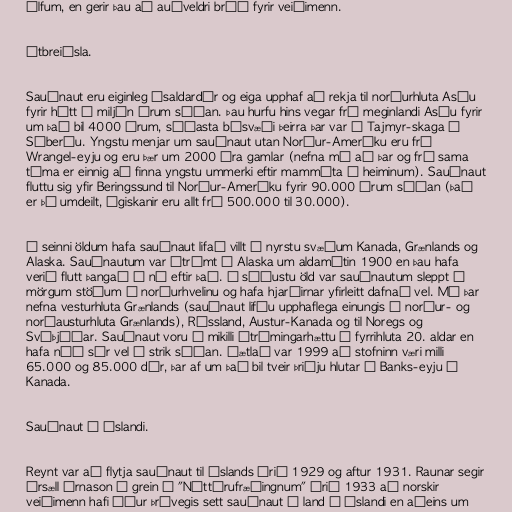
úlfum, en gerir þau að auðveldri bráð fyrir veiðimenn.

Útbreiðsla.

Sauðnaut eru eiginleg ísaldardýr og eiga upphaf að rekja til norðurhluta Asíu
fyrir hátt í miljón árum síðan. Þau hurfu hins vegar frá meginlandi Asíu fyrir
um það bil 4000 árum, síðasta búsvæði þeirra þar var á Tajmyr-skaga í
Síberíu. Yngstu menjar um sauðnaut utan Norður-Ameríku eru frá
Wrangel-eyju og eru þær um 2000 ára gamlar (nefna má að þar og frá sama
tíma er einnig að finna yngstu ummerki eftir mammúta í heiminum). Sauðnaut
fluttu sig yfir Beringssund til Norður-Ameríku fyrir 90.000 árum síðan (það
er þó umdeilt, ágiskanir eru allt frá 500.000 til 30.000).

Á seinni öldum hafa sauðnaut lifað villt á nyrstu svæðum Kanada, Grænlands og
Alaska. Sauðnautum var útrýmt í Alaska um aldamótin 1900 en þau hafa
verið flutt þangað á ný eftir það. Á síðustu öld var sauðnautum sleppt á
mörgum stöðum á norðurhvelinu og hafa hjarðirnar yfirleitt dafnað vel. Má þar
nefna vesturhluta Grænlands (sauðnaut lifðu upphaflega einungis á norður- og
norðausturhluta Grænlands), Rússland, Austur-Kanada og til Noregs og
Svíþjóðar. Sauðnaut voru í mikilli útrýmingarhættu á fyrrihluta 20. aldar en
hafa náð sér vel á strik síðan. Áætlað var 1999 að stofninn væri milli
65.000 og 85.000 dýr, þar af um það bil tveir þriðju hlutar á Banks-eyju í
Kanada.

Sauðnaut á Íslandi.

Reynt var að flytja sauðnaut til Íslands árið 1929 og aftur 1931. Raunar segir
Ársæll Árnason í grein í "Náttúrufræðingnum" árið 1933 að norskir
veiðimenn hafi áður þrívegis sett sauðnaut á land á Íslandi en aðeins um